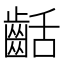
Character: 𪗽